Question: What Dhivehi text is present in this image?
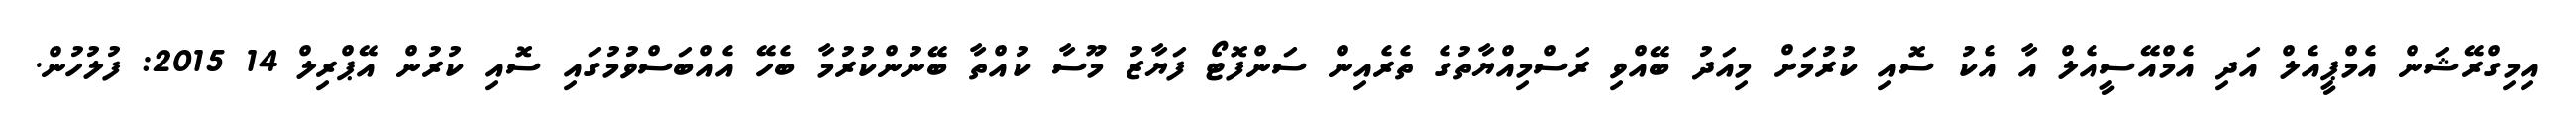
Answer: އިމިގްރޭޝަން އެމްޕީއެލް އަދި އެމްއޭސީއެލް އާ އެކު ސޮއި ކުރުމަށް މިއަދު ބޭއްވި ރަސްމިއްޔާތުގެ ތެރެއިން ސަންފޮޓޯ ފަޔާޒު މޫސާ ކުއްތާ ބޭނުންކުރުމާ ބެހޭ އެއްބަސްވުމުގައި ސޮއި ކުރުން އޭޕްރިލް 14 2015: ފުލުހުން.